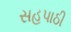
સહપાઠી